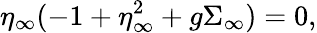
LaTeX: \eta_{\infty}(-1+\eta_{\infty}^{2}+g\Sigma_{\infty})=0,